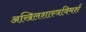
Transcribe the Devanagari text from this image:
अखिलशास्त्रविमर्श